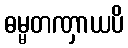
ဓမ္မတဏှာယပိ